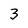
Character: 3